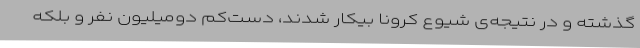
گذشته و در نتیجه‌ی شیوع کرونا بیکار شدند، دست‌کم دومیلیون نفر و بلکه